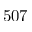
5 0 7